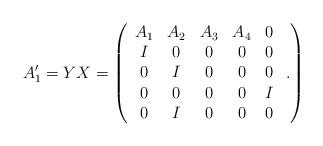
LaTeX: \begin{align*}A'_1= YX =\left(\begin{array}{ccccc}A_1 & A_2 &A_3 & A_4 & 0 \\I & 0 &0 & 0 & 0 \\0 & I &0 & 0 & 0 \\0 & 0 & 0 & 0 & I \\0 & I & 0 & 0 & 0\end{array} \ .\right)\end{align*}